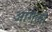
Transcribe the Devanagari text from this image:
आंगेलो